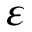
\varepsilon